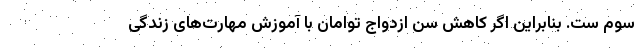
سوم ست. بنابراین اگر کاهش سن ازدواج توامان با آموزش مهارت‌های زندگی